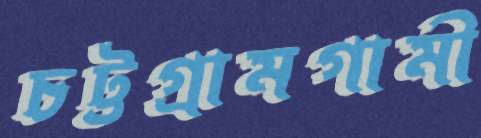
চট্টগ্রামগামী